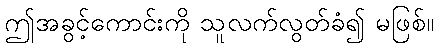
ဤအခွင့်ကောင်းကို သူလက်လွတ်ခံ၍ မဖြစ်။